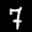
Label: 7